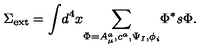
\Sigma _ { \mathrm { e x t } } = { \int } d ^ { 4 } x { \sum _ { \Phi = A _ { \mu } ^ { a } , c ^ { a } , \Psi _ { I } , \phi _ { i } } } \Phi ^ { * } s \Phi .